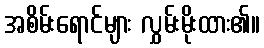
အစိမ်းရောင်များ လွှမ်းမိုးထား၏။